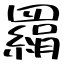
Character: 羂